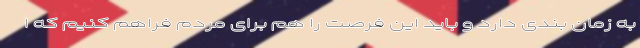
به زمان بندی دارد و باید این فرصت را هم برای مردم فراهم کنیم که ا